Eesti_Peakonsulaat_New_Yorgis, lk 14
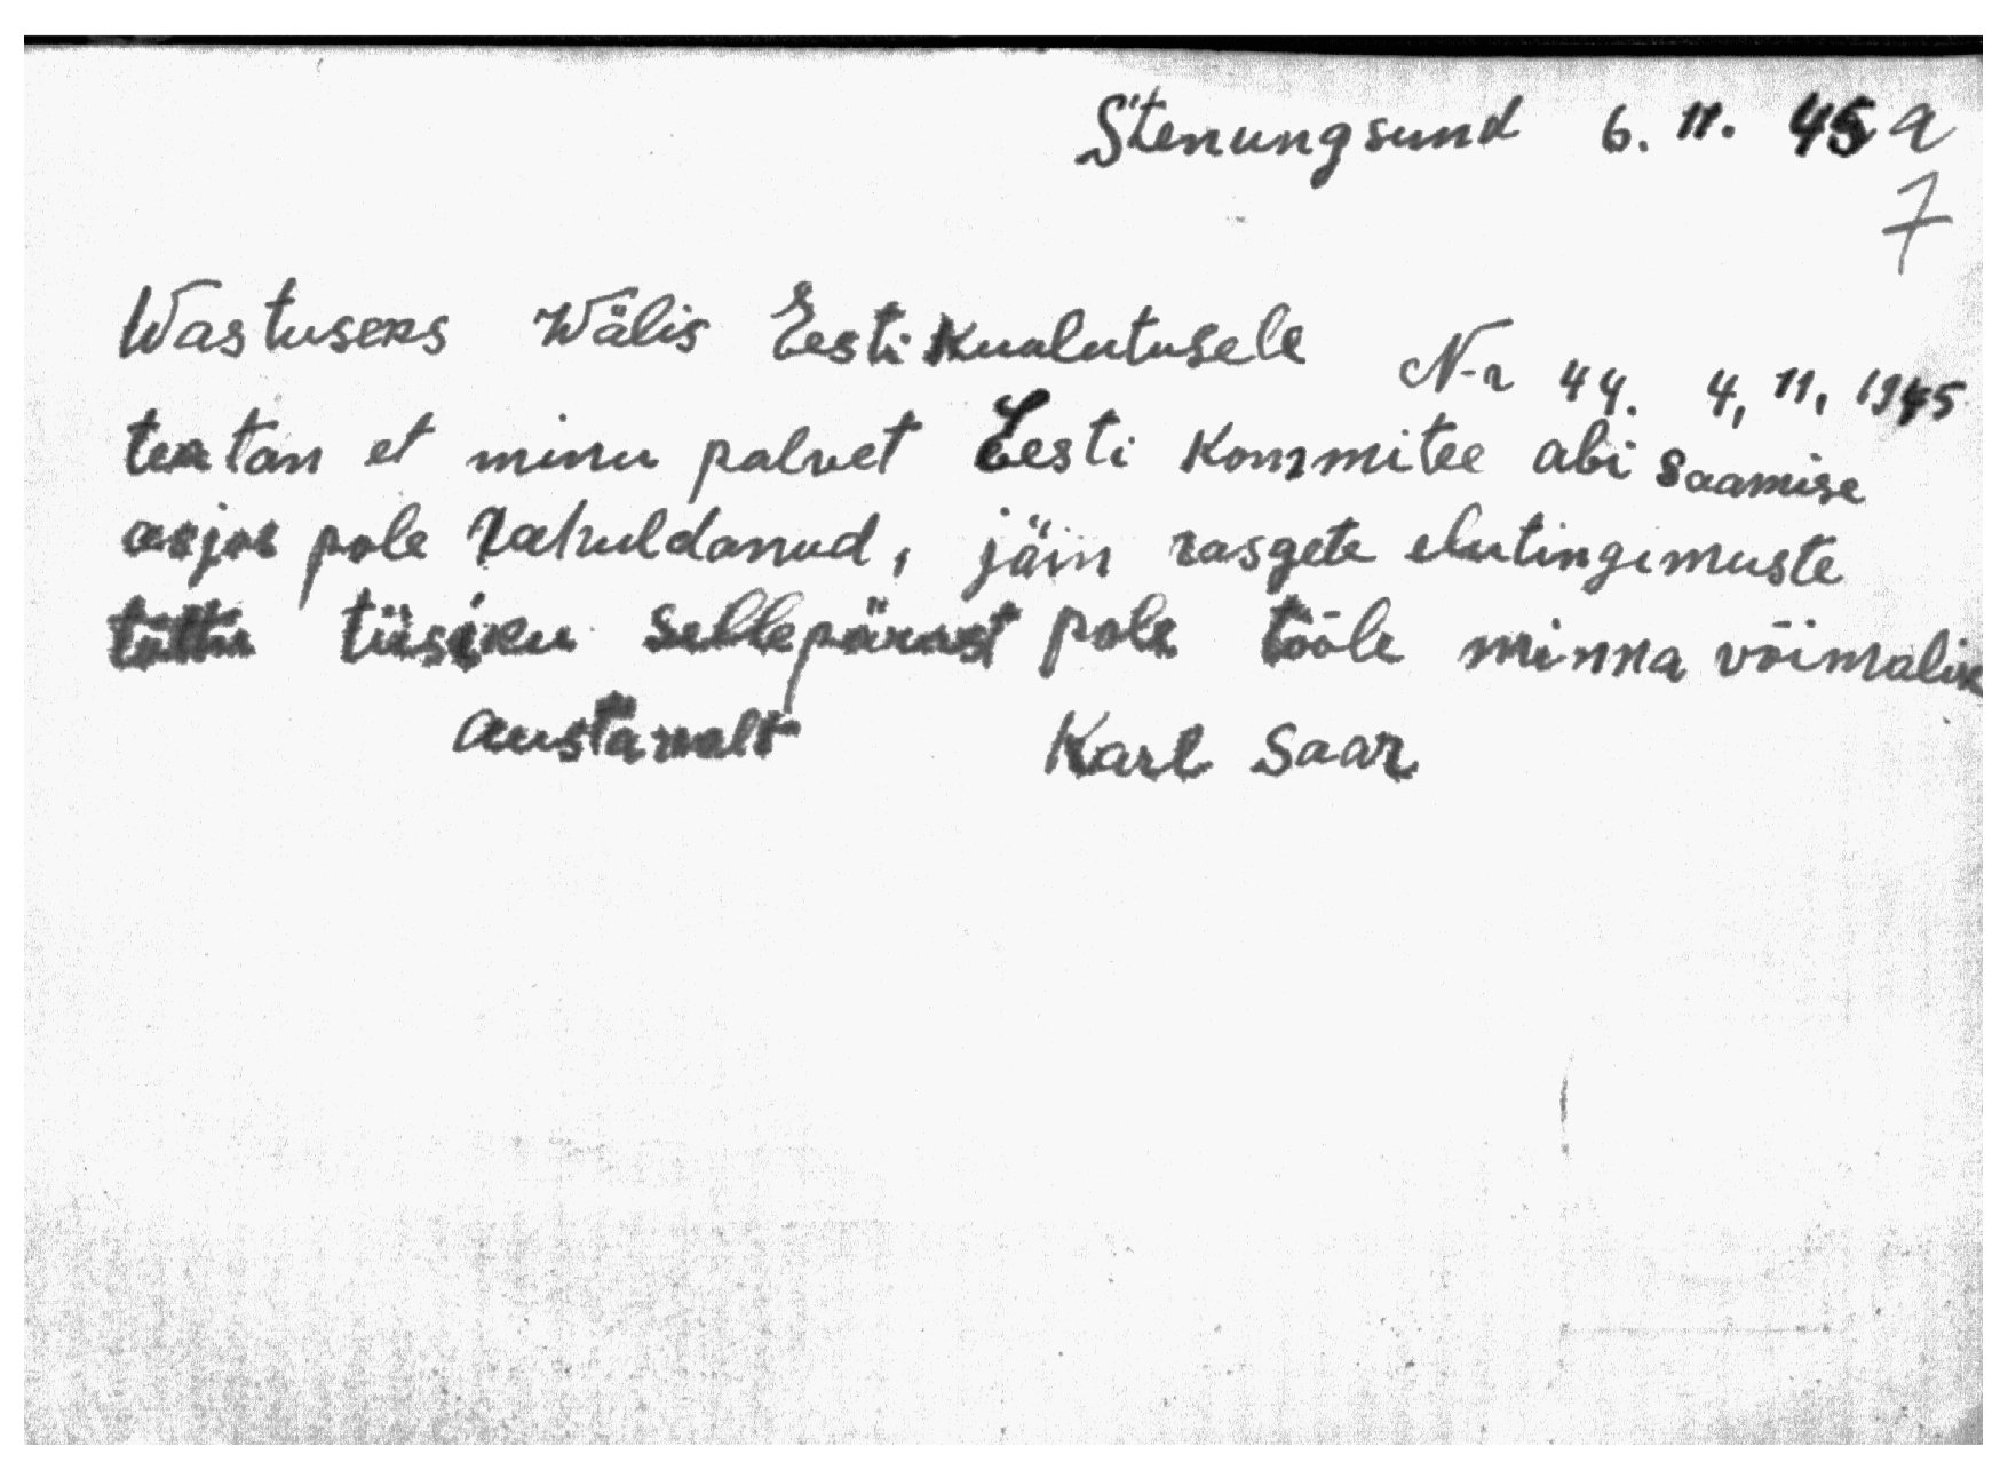
Stenungsund 6.11. 45a
7
Wastuseks Wälis Eesti kuulutusele N-r 44. 4,11, 1945.
teatan et minu palvet Eesti Kommitee abi saamise
asjas pole rahuldanud, jäin rasgete elutingimuste
tõttu tiisiku sellepärast pole tööle minna võimalik
austawalt Karl Saar